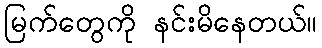
မြက်တွေကို နင်းမိနေတယ်။